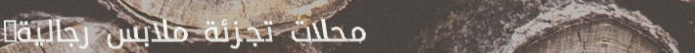
محلات تجزئة ملابس رجالية: